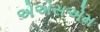
એએસએમ